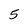
Character: 5